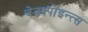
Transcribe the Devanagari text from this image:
चेक्क्पोइन्त्स